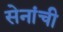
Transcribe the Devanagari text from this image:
सेनांची